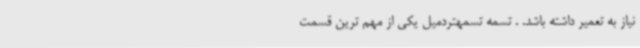
نیاز به تعمیر داشته باشد. . تسمه تسمهتردمیل یکی از مهم ترین قسمت